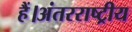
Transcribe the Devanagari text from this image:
हैं।अंतरराष्ट्रीय